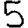
Digit: 5